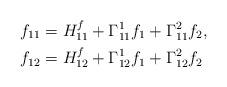
LaTeX: \begin{align*}& f_{11} = H^f_{11}+\Gamma^1_{11}f_1+\Gamma^2_{11}f_2, \\& f_{12} = H^f_{12}+\Gamma^1_{12}f_1+\Gamma^2_{12}f_2\end{align*}